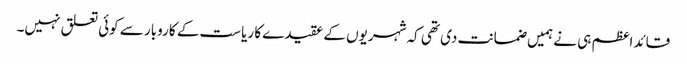
قائد اعظم ہی نے ہمیں ضمانت دی تھی کہ شہریوں کے عقیدے کا ریاست کے کاروبار سے کوئی تعلق نہیں۔